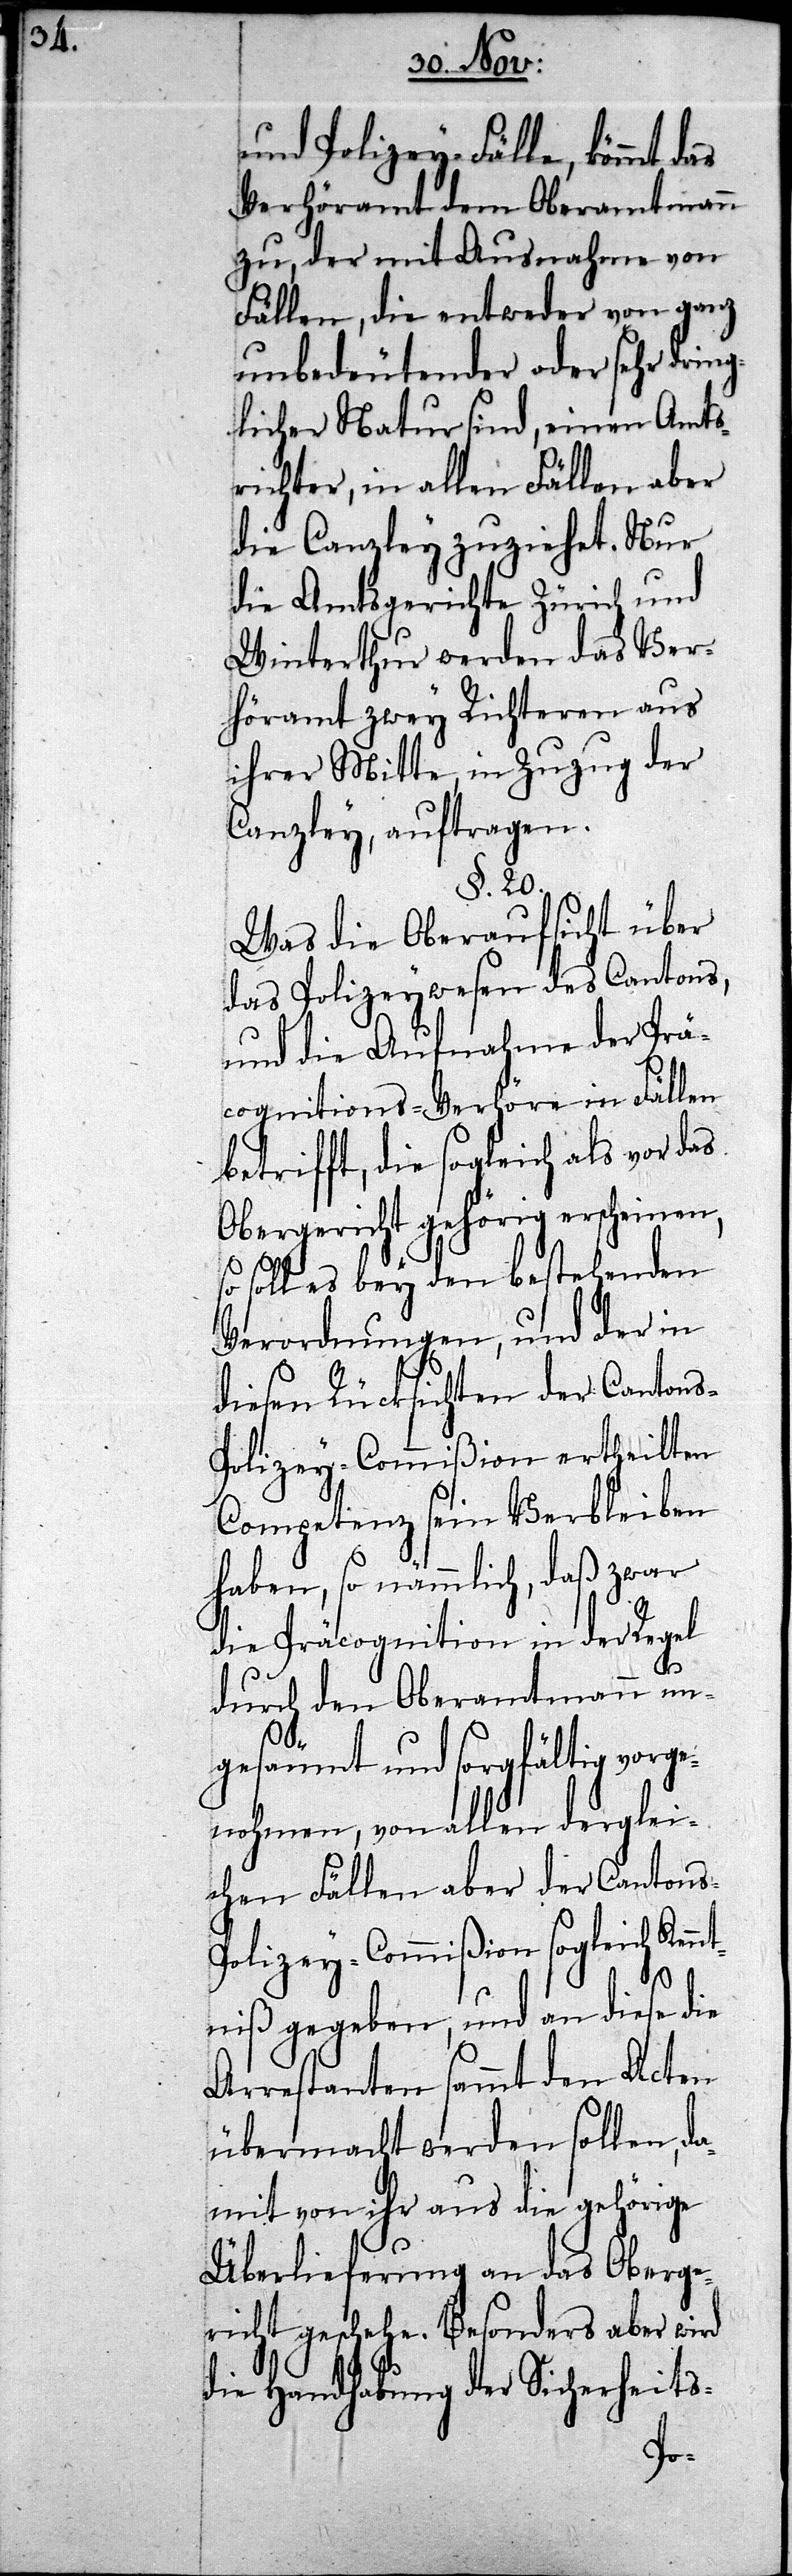
und Polizey-Fälle, kommt das
Verhöramt dem Oberamtmann
zu, der mit Ausnahme von
Fällen, die entweder von ganz
unbedeutender oder sehr dring¬
licher Natur sind, einen Amts¬
richter, in allen Fällen aber
die Canzley zuziehet. Nur
die Amtsgerichte Zürich und
Winterthur werden das Ver¬
höramt zwey Richteren aus
ihrer Mitte, in Zuzug der
Canzley, auftragen.
§. 20.
Was die Oberaufsicht über
das Polizeywesen des Cantons,
und die Aufnahme der Prä¬
cognitions-Verhöre in Fällen
betrifft, die sogleich als vor das
Obergericht gehörig erscheinen,
soll es bey den bestehenden
Verordnungen, und der in
diesen Rücksichten der Canton¬
olizey-Commißion ertheilten
Competenz sein Verbleiben
haben, so nämmlich, daß zwar
die Präcognition in der Regel
durch den Oberamtmann un¬
gesäumt und sorgfältig vorge¬
nohmen, von allen derglei¬
chen Fällen aber der Canton¬
olicey-Commißion sogleich Kennt¬
niß gegeben, und an diese die
Arrestanten sammt den Acten
übermacht werden sollen, da¬
mit von ihr aus die gehörige
Überlieferung an das Oberge¬
richt geschehe. Besonders aber wird
die Handhabung der Sicherheits-
s-P¬